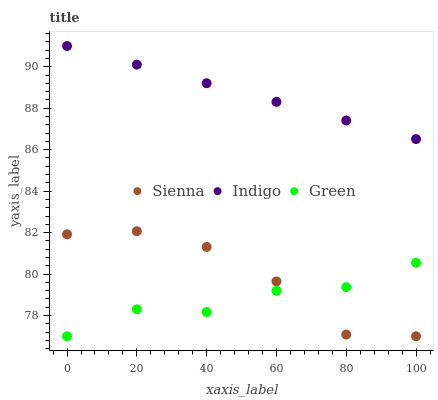
| xaxis_label | Sienna | Indigo | Green |
 | --- | --- | --- | --- |
 | 0 | 81.9 | 91 | 77 |
 | 20 | 82.1 | 90.1 | 78.3 |
 | 40 | 81.3 | 89.2 | 78.2 |
 | 60 | 79.6 | 88.3 | 79.2 |
 | 80 | 77.1 | 87.4 | 79.4 |
 | 100 | 77 | 86.5 | 80.5 |